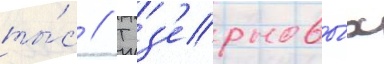
ты́с // Т з'ерновы́х